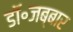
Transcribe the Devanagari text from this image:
डॉ॰जब्बार